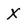
Character: X